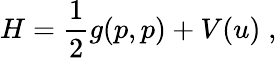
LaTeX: H=\frac{1}{2}g(p,p)+V(u)\; ,